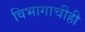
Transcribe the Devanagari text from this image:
विभागाचीही